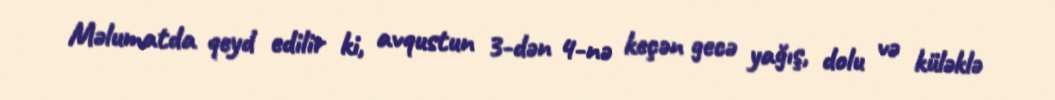
Məlumatda qeyd edilir ki, avqustun 3-dən 4-nə keçən gecə yağış, dolu və küləklə